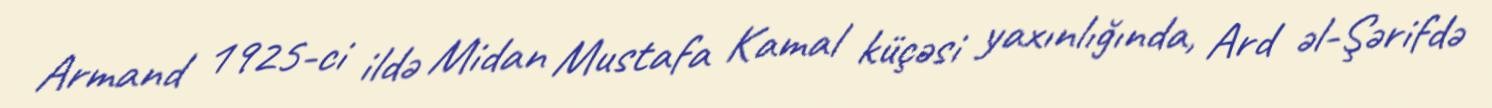
Armand 1925-ci ildə Midan Mustafa Kamal küçəsi yaxınlığında, Ard əl-Şərifdə